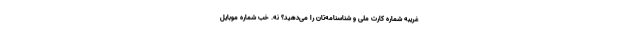
غریبه شماره کارت ملی و شناسنامه‌تان را می‌دهید؟ نه. خب شماره موبایل